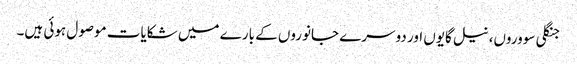
جنگلی سووروں، نیل گایوں اور دوسرے جانوروں کے بارے میں شکایات موصول ہوئی ہیں۔